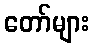
တော်များ